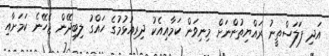
އަދި ފަލަސްތީނު ރައްޔިތުންނަށް މިނިވަން ކަމާއިއެކު ދިރިއުޅުމުގެ ހައްގު ލިބިދޭން ޖެހޭނެ ކަމަށާއި